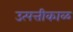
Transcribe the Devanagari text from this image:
उत्पत्तीकाळ